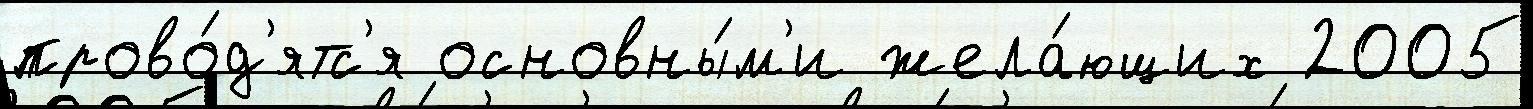
прово́д'ятс'я основны́м'и жела́ющих 2005